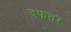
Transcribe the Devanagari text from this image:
दफतर